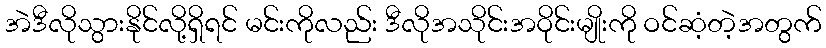
အဲဒီလိုသွားနိုင်လို့ရှိရင် မင်းကိုလည်း ဒီလိုအသိုင်းအဝိုင်းမျိုးကို ဝင်ဆံ့တဲ့အတွက်